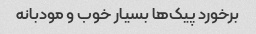
برخورد پیک‌ها بسیار خوب و مودبانه